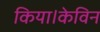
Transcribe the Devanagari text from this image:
किया।केविन